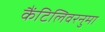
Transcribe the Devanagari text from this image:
कैंटिलिवरनुमा